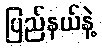
ပြည်နယ်နဲ့